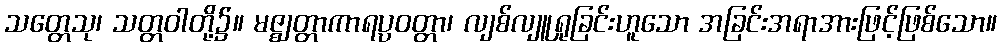
သတ္တေသု၊ သတ္တဝါတို့၌။ မဇ္ဈတ္တာကာရပ္ပဝတ္တာ၊ လျစ်လျူရှုခြင်းဟူသော အခြင်းအရာအားဖြင့်ဖြစ်သော။